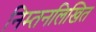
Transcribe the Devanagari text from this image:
निम्तनलिखित